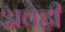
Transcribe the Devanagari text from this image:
अवेही